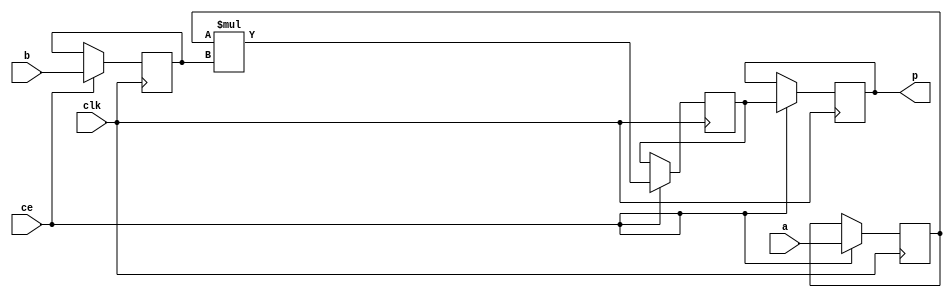
module nfa_accept_samples_generic_hw_mul_16ns_8ns_24_4_MulnS_0(clk, ce, a, b, p);
input clk;
input ce;
input[16 - 1 : 0] a; // synthesis attribute keep a "true"
input[8 - 1 : 0] b; // synthesis attribute keep b "true"
output[24 - 1 : 0] p;
reg[16 - 1 : 0] a_reg;
reg[8 - 1 : 0] b_reg;
wire [24 - 1 : 0] tmp_product;
reg[24 - 1 : 0] buff0;
reg[24 - 1 : 0] buff1;

assign p = buff1;
assign tmp_product = a_reg * b_reg;
always @ (posedge clk) begin
    if (ce) begin
        a_reg <= a;
        b_reg <= b;
        buff0 <= tmp_product;
        buff1 <= buff0;
    end
end
endmodule